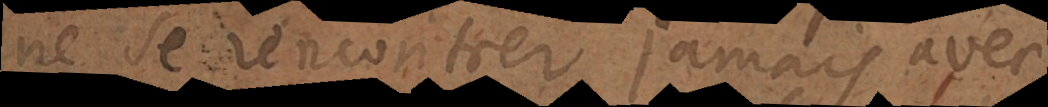
ne se rencontrer jamais avec